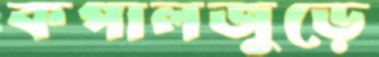
কপালজুড়ে